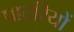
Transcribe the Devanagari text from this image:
पादरियों